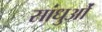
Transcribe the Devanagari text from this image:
सांधुओं